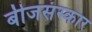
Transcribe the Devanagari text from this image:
बीजसंस्कार